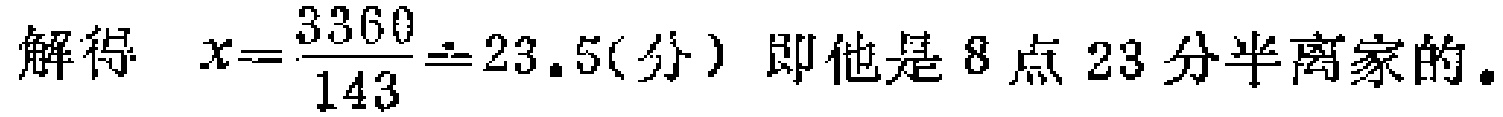
解得 \(x = \frac{3360}{143} \doteq 23.5(\text{分})\) 即他是 8 点 23 分半离家的。